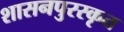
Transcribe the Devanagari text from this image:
शासनपुरस्कृत